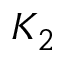
K _ { 2 }